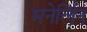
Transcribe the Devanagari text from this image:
मनेर्लिन